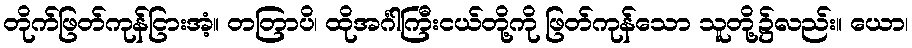
တိုက်ဖြတ်ကုန်ငြားအံ့။ တတြာပိ၊ ထိုအင်္ဂါကြီးငယ်တို့ကို ဖြတ်ကုန်သော သူတို့၌လည်း။ ယော၊